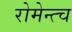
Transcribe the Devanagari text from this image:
रोमेन्त्च